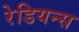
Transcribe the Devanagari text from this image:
रेडियन्स